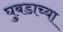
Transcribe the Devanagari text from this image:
घुबडाच्या